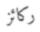
ركائز